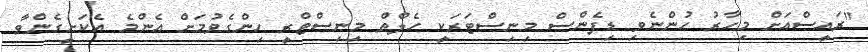
"ރައީސްއަށް މިހާރު ހުންނެވި ޑިފެންސް މިނިސްޓަރަކީ ހެލްތް މިނިސްޓްރީ ހިންގެވުމަށް އެންމެ އެކަށީގެންވާ